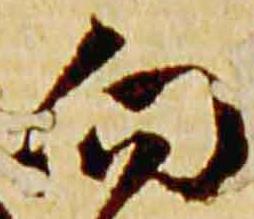
向